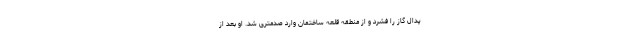
پدال گاز را فشرد و از منطقه قلعه ساختمان وارد صدمتری شد. او بعد از